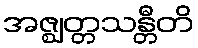
အဇ္ဈတ္တသန္တီတိ